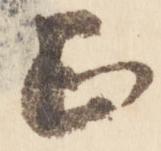
正